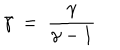
\bar { \gamma } \ = \ { \frac { \gamma } { \gamma - 1 } }